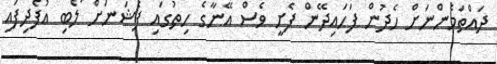
ދައްތަމެންނަށް ހެދުން ފަހައިދޭން ފެށީ ވެސް އޭނާގެ ހިތުގައި ފެޝަނަށް ލޯބި އުފެދިފައި